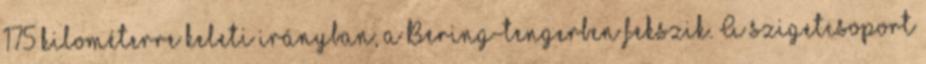
175 kilométerre keleti irányban, a Bering-tengerben fekszik. A szigetcsoport